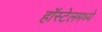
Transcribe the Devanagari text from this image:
हॉस्टेलमध्ये